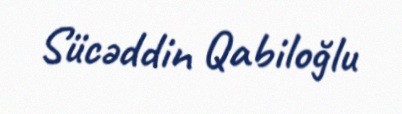
Sücəddin Qabiloğlu